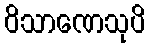
ဝိသာဏေသုပိ